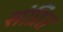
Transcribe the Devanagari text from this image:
संप्रित